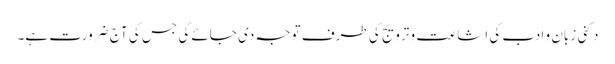
دکنی زبان و ادب کی اشاعت و ترویج کی طرف توجہ دی جائے گی جس کی آج ضرورت ہے۔